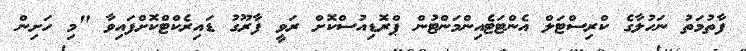
ފާތުމަތު ނަހުލާގެ ކްރިސްޓަލް އެންޓަޓެއިންމަންޓުން ޕްރޮޑިއުސްކޮށް ރަވީ ފާރޫގު ޑައިރެކްޓްކޮށްފައިވާ "މި ހަށިން